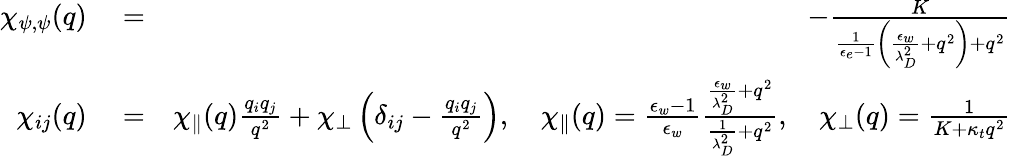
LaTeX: \begin{array}{rlr}{\chi_{\psi,\psi}(q)}&{{}=}&{-\frac{K}{\frac{1}{\epsilon_{e}-1}\left(\frac{\epsilon_{w}}{\lambda_{D}^{2}}+q^{2}\right)+q^{2}}}\\ {\chi_{ij}(q)}&{{}=}&{\chi_{\parallel}(q)\frac{q_{i}q_{j}}{q^{2}}+\chi_{\perp}\left(\delta_{ij}-\frac{q_{i}q_{j}}{q^{2}}\right),\quad\chi_{\parallel}(q)=\frac{\epsilon_{w}-1}{\epsilon_{w}}\frac{\frac{\epsilon_{w}}{\lambda_{D}^{2}}+q^{2}}{\frac{1}{\lambda_{D}^{2}}+q^{2}},\quad\chi_{\perp}(q)=\frac{1}{K+\kappa_{t}q^{2}}}\end{array}